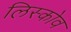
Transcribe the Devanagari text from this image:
लिस्कोव